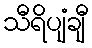
သီရိပျံချီ